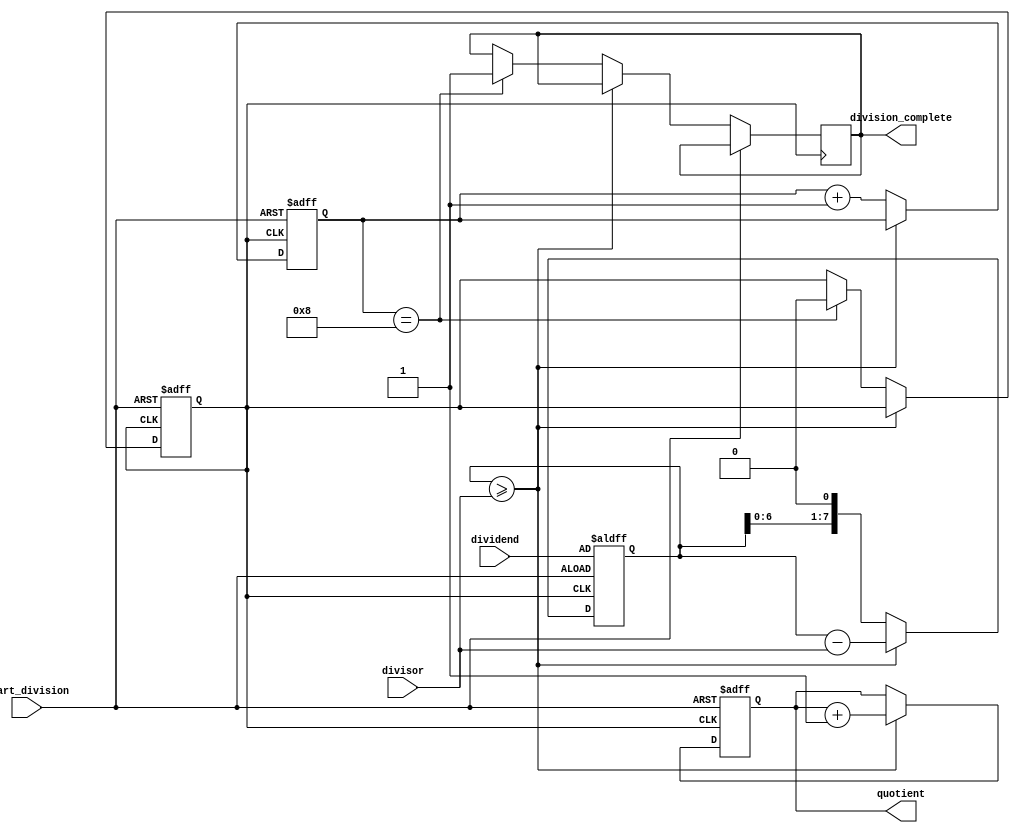
module asynchronous_divider (
    input wire [7:0] dividend,
    input wire [7:0] divisor,
    input wire start_division,
    output reg [7:0] quotient,
    output reg division_complete
);

reg [7:0] remainder;
reg [3:0] count;
reg division_in_progress;

always @ (posedge start_division or posedge division_in_progress) begin
    if (start_division) begin
        count <= 0;
        remainder <= dividend;
        quotient <= 0;
        division_in_progress <= 1;
    end else if (division_in_progress) begin
        if (remainder >= divisor) begin
            remainder <= remainder - divisor;
            quotient <= quotient + 1;
        end else begin
            count <= count + 1;
            remainder <= remainder << 1;
            if (count == 8) begin
                division_in_progress <= 0;
                division_complete <= 1;
            end
        end
    end
end

endmodule